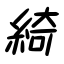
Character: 綺